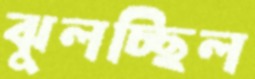
ঝুলচ্ছিল